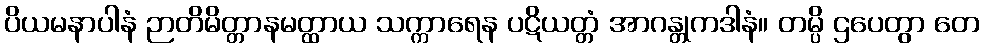
ပိယမနာပါနံ ဉာတိမိတ္တာနမတ္ထာယ သက္ကာရေန ပဋိယတ္တံ အာဂန္တုကဒါနံ။ တမ္ပိ ဌပေတွာ တေ